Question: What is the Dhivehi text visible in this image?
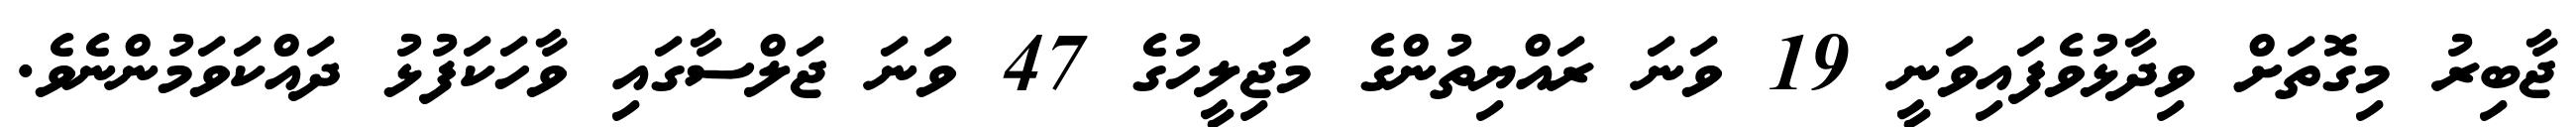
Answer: ޖާބިރު މިގޮތަށް ވިދާޅުވެފައިވަނީ 19 ވަނަ ރައްޔިތުންގެ މަޖިލީހުގެ 47 ވަނަ ޖަލްސާގައި ވާހަކަފުޅު ދައްކަވަމުންނެވެ.